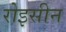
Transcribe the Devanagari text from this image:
रोइसीन